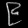
Digit: ၉